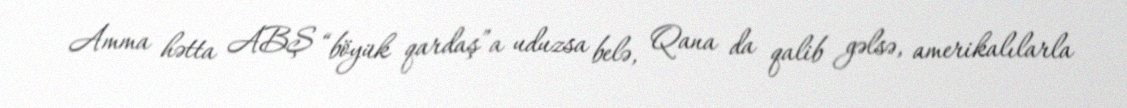
Amma hətta ABŞ “böyük qardaş”a uduzsa belə, Qana da qalib gəlsə, amerikalılarla